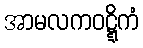
အာမလကဝဋ္ဋိကံ